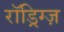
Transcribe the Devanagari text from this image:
रॉड्रिग्ज़